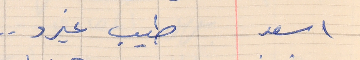
اسعد       طيب غيرو  . .